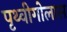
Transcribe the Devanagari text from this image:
पृथ्वीगोलास